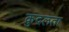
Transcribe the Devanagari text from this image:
कुदलता